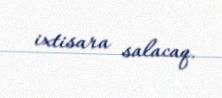
ixtisara salacaq.